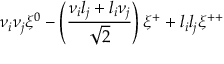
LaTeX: \nu _ { i } \nu _ { j } \xi ^ { 0 } - \left( { \frac { \nu _ { i } l _ { j } + l _ { i } \nu _ { j } } { \sqrt 2 } } \right) \xi ^ { + } + l _ { i } l _ { j } \xi ^ { + + }